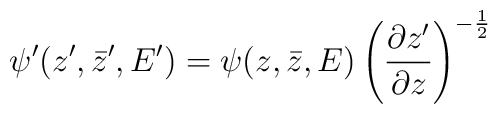
\psi^{\prime}(z^{\prime},\bar{z}^{\prime},E^{\prime})=\psi(z,\bar{z},E)\left(\frac{\partial z^{\prime}}{\partial z}\right)^{-\frac{1}{2}}